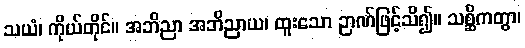
သယံ၊ ကိုယ်တိုင်။ အဘိညာ အဘိညာယ၊ ထူးသော ဉာဏ်ဖြင့်သိ၍။ သစ္ဆိကတွာ၊